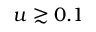
u \gtrsim 0 . 1